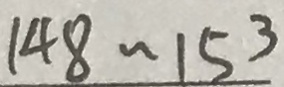
1 4 8 \sim 1 5 3